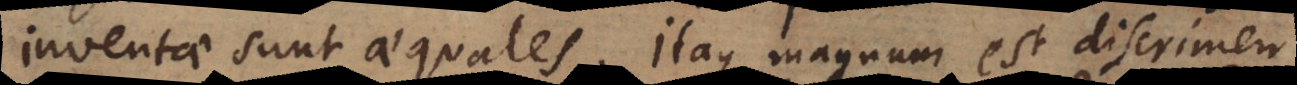
inventae sunt aequales. Itaque magnum est discrimen